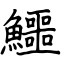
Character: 鱷